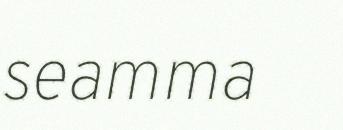
seamma